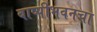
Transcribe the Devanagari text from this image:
बाष्पीभवनचा